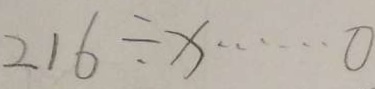
2 1 6 \div x \cdots 0